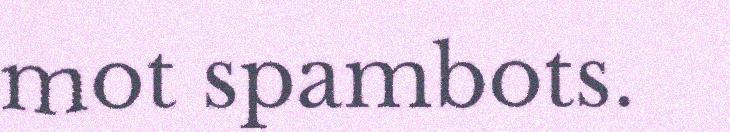
mot spambots.